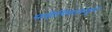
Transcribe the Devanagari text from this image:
साहित्यिकांकडून